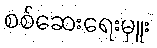
စစ်ဆေးရေးမှူး